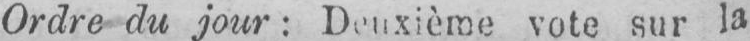
Ordre du jour: Deuxième vote sur la